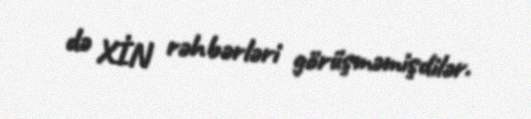
də XİN rəhbərləri görüşməmişdilər.